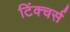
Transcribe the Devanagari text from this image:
टिंक्चर्स